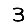
Digit: 3